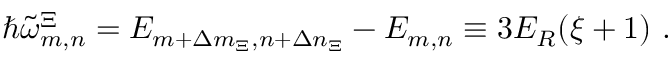
\hbar \tilde { \omega } _ { m , n } ^ { \Xi } = E _ { m + \Delta m _ { \Xi } , n + \Delta n _ { \Xi } } - E _ { m , n } \equiv 3 E _ { R } ( \xi + 1 ) \ .